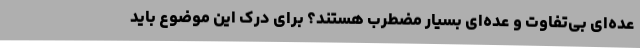
عده‌ای بی‌تفاوت و عده‌ای بسیار مضطرب هستند؟ برای درک این موضوع باید